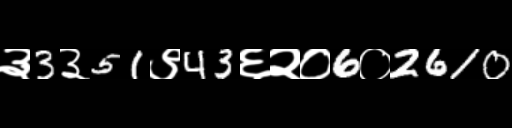
Text: ३3३51९43६२०6०2610